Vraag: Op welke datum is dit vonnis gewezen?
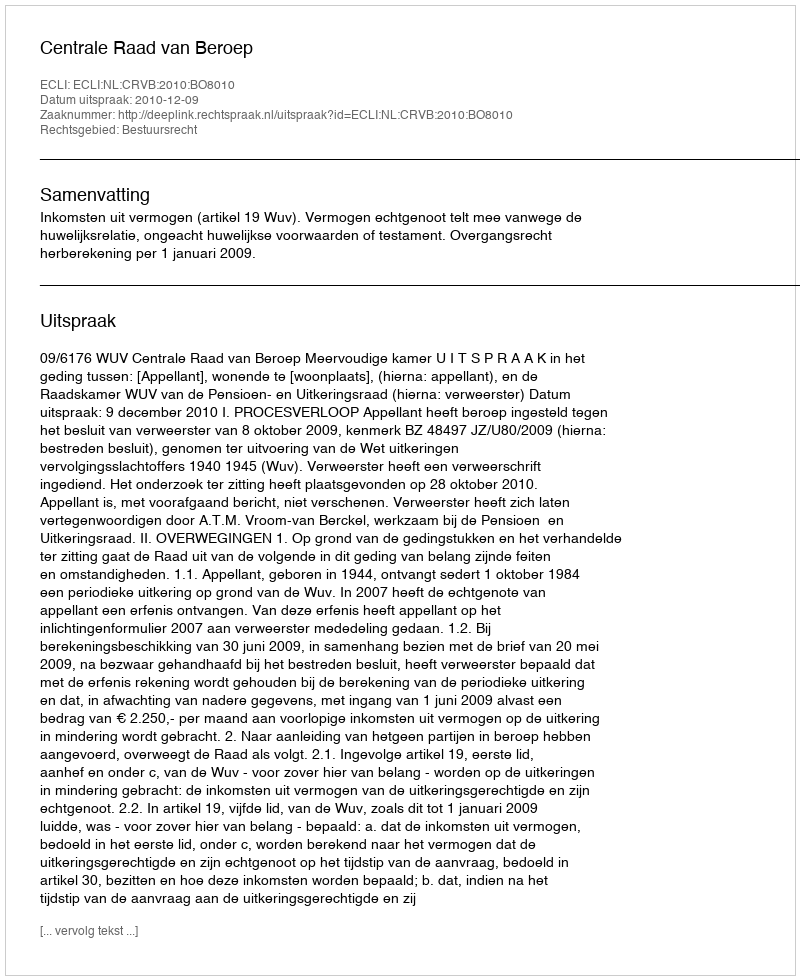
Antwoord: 2010-12-09